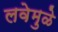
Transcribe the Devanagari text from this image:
लवेमुळे